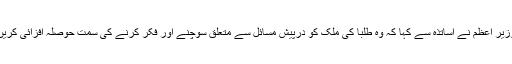
وزیر اعظم نے اساتذہ سے کہا کہ وہ طلبا کی ملک کو درپیش مسائل سے متعلق سوچنے اور فکر کرنے کی سمت حوصلہ افزائی کریں۔